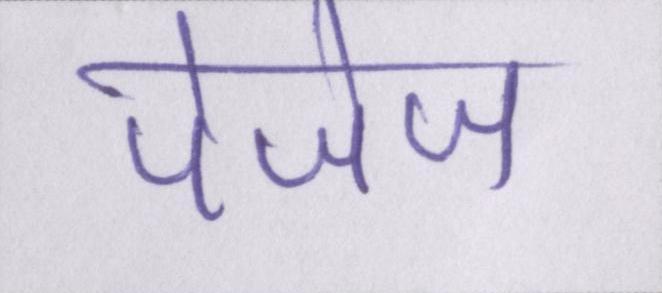
पेजेज